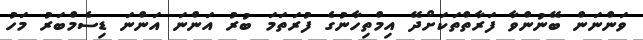
ވަންނަން ބޭނުންވާ ފަރާތްތަކަށްދޭ އިމްތިހާނުގެ ފުރަތަމަ ބުރު އަންނަ އަންނަ ޑިސެމްބަރު މަހު